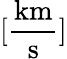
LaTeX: [\frac{\mathrm{km}}{\mathrm{s}}]